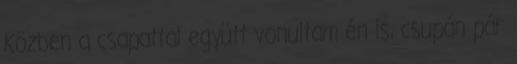
Közben a csapattal együtt vonultam én is, csupán pár